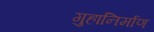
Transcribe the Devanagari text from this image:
गुहानिर्माण